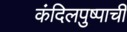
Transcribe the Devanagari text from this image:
कंदिलपुष्पाची